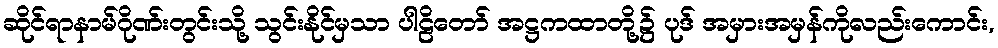
ဆိုင်ရာနာမ်ဂိုဏ်းတွင်းသို့ သွင်းနိုင်မှသာ ပါဠိတော် အဋ္ဌကထာတို့၌ ပုဒ် အမှားအမှန်ကိုလည်းကောင်း,